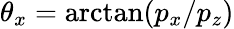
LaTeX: \theta_{x}=\arctan(p_{x}/p_{z})